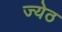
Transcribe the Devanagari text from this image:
ज्येठ